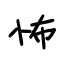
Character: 怖